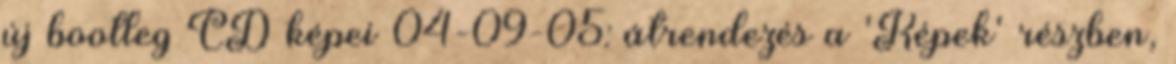
új bootleg CD képei 04-09-05: átrendezés a 'Képek' részben,